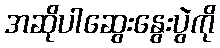
အဆိုပါဆွေးနွေးပွဲကို